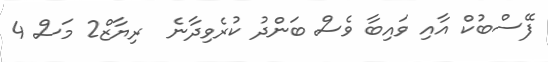
ފޭސްބުކް އާއި ވައިބާ ވެސް ބަންދު ކުރެވިދާނެ  ރިޔާޒް2 މަސް 4